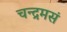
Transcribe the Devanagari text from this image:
चन्द्रमसं